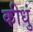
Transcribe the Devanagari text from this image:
कीधुं